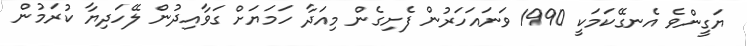
ޔަގީންވެ އެނގޭކަމަކީ 1990 ވަނައަހަރުން ފެށިގެން މިއަދާ ހަމަޔަށް ގަވާއިދުން ލޭހަދިޔާ ކުރަމުން